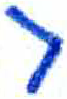
אות: ב